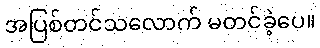
အပြစ်တင်သလောက် မတင်ခဲ့ပေ။